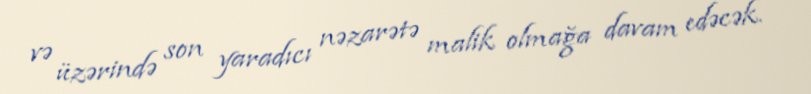
və üzərində son yaradıcı nəzarətə malik olmağa davam edəcək.